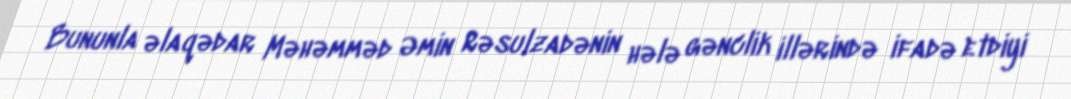
Bununla əlaqədar Məhəmməd Əmin Rəsulzadənin hələ gənclik illərində ifadə etdiyi